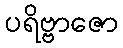
ပရိဗ္ဗာဇော